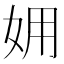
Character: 𡛾